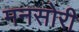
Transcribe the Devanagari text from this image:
मनसोरी